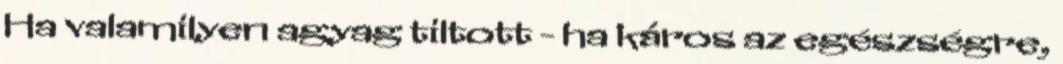
Ha valamilyen agyag tiltott - ha káros az egészségre,